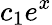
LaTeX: c_{1}e^{x}